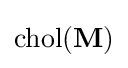
{\textstyle {\text{chol}}(\mathbf {M} )}